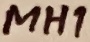
Text: MH1